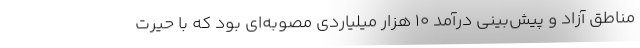
مناطق آزاد و پیش‌بینی درآمد ۱۰ هزار میلیاردی مصوبه‌ای بود که با حیرت